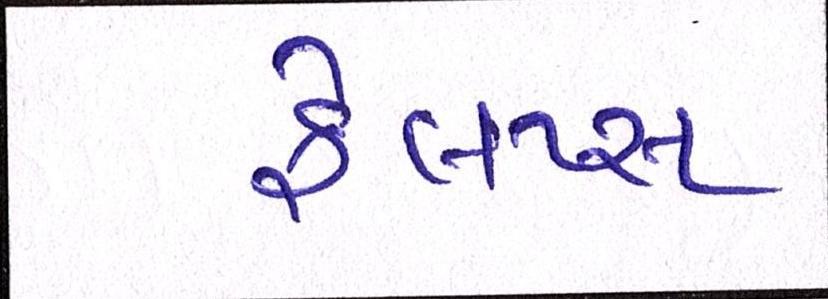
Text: ફેલ્પ્સ